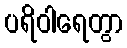
ပရိဝါရေတွာ